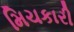
મિચકારી